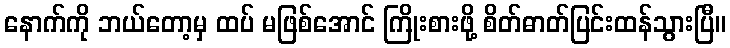
နောက်ကို ဘယ်တော့မှ ထပ် မဖြစ်အောင် ကြိုးစားဖို့ စိတ်ဓာတ်ပြင်းထန်သွားပြီ။